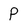
Character: P